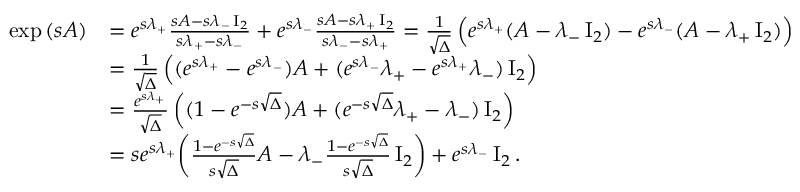
\begin{array} { r l } { \exp { ( s A ) } } & { = e ^ { s \lambda _ { + } } \frac { s A - s \lambda _ { - } \operatorname { I } _ { 2 } } { s \lambda _ { + } - s \lambda _ { - } } + e ^ { s \lambda _ { - } } \frac { s A - s \lambda _ { + } \operatorname { I } _ { 2 } } { s \lambda _ { - } - s \lambda _ { + } } = \frac { 1 } { \sqrt { \Delta } } \left( e ^ { s \lambda _ { + } } ( A - \lambda _ { - } \operatorname { I } _ { 2 } ) - e ^ { s \lambda _ { - } } ( A - \lambda _ { + } \operatorname { I } _ { 2 } ) \right) } \\ & { = \frac { 1 } { \sqrt { \Delta } } \left( ( e ^ { s \lambda _ { + } } - e ^ { s \lambda _ { - } } ) A + ( e ^ { s \lambda _ { - } } \lambda _ { + } - e ^ { s \lambda _ { + } } \lambda _ { - } ) \operatorname { I } _ { 2 } \right) } \\ & { = \frac { e ^ { s \lambda _ { + } } } { \sqrt { \Delta } } \left( ( 1 - e ^ { - s \sqrt { \Delta } } ) A + ( e ^ { - s \sqrt { \Delta } } \lambda _ { + } - \lambda _ { - } ) \operatorname { I } _ { 2 } \right) } \\ & { = s e ^ { s \lambda _ { + } } \biggl ( \frac { 1 - e ^ { - s \sqrt { \Delta } } } { s \sqrt { \Delta } } A - \lambda _ { - } \frac { 1 - e ^ { - s \sqrt { \Delta } } } { s \sqrt { \Delta } } \operatorname { I } _ { 2 } \biggr ) + e ^ { s \lambda _ { - } } \operatorname { I } _ { 2 } . } \end{array}